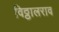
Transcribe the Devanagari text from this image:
विठ्ठालराव